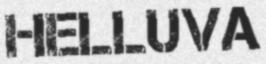
HELLUVA